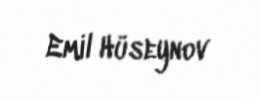
Emil Hüseynov